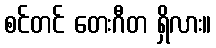
စင်တင် တေးဂီတ ရှိလား။